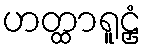
ဟတ္ထာရူဠှံ